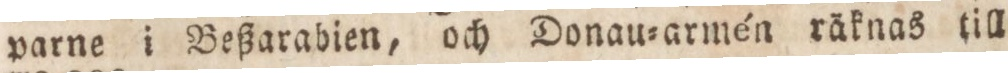
parne i Beßarabien, och Donau=armén räknas till